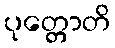
ပုတ္တောတိ